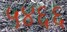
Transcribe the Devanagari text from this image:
५४६६